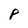
Character: P